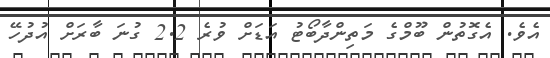
އެވެ. އެގޮތުން ބޫމްގެ މަތިންދާބޯޓު އަޑަށް ވުރެ 2.2 ގުނަ ބާރަށް އުދުހޭ